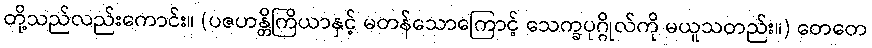
တို့သည်လည်းကောင်း။ (ပဇဟန္တိကြိယာနှင့် မတန်သောကြောင့် သေက္ခပုဂ္ဂိုလ်ကို မယူသတည်း။) တေတေ